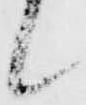
候